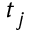
t _ { j }